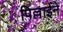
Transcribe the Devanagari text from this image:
पिल्लाईने